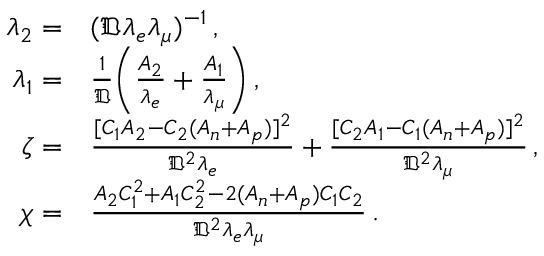
\begin{array} { r l } { \lambda _ { 2 } = } & { ( \mathfrak { D } \lambda _ { e } \lambda _ { \mu } ) ^ { - 1 } \, , } \\ { \lambda _ { 1 } = } & { \frac { 1 } { \mathfrak { D } } \bigg ( \frac { A _ { 2 } } { \lambda _ { e } } + \frac { A _ { 1 } } { \lambda _ { \mu } } \bigg ) \, , } \\ { \zeta = } & { \frac { [ C _ { 1 } A _ { 2 } - C _ { 2 } ( A _ { n } + A _ { p } ) ] ^ { 2 } } { \mathfrak { D } ^ { 2 } \lambda _ { e } } + \frac { [ C _ { 2 } A _ { 1 } - C _ { 1 } ( A _ { n } + A _ { p } ) ] ^ { 2 } } { \mathfrak { D } ^ { 2 } \lambda _ { \mu } } \, , } \\ { \chi = } & { \frac { A _ { 2 } C _ { 1 } ^ { 2 } + A _ { 1 } C _ { 2 } ^ { 2 } - 2 ( A _ { n } + A _ { p } ) C _ { 1 } C _ { 2 } } { \mathfrak { D } ^ { 2 } \lambda _ { e } \lambda _ { \mu } } \, . } \end{array}